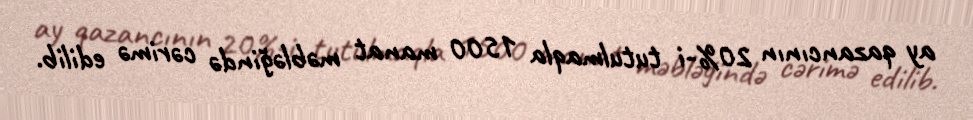
ay qazancının 20%-i tutulmaqla 1500 manat məbləğində cərimə edilib.